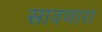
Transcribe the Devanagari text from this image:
स्रावणारा